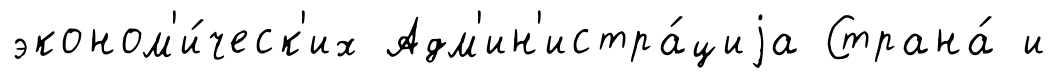
эконом'и́ческ'их Адм'ин'истра́циjа Страна́ и